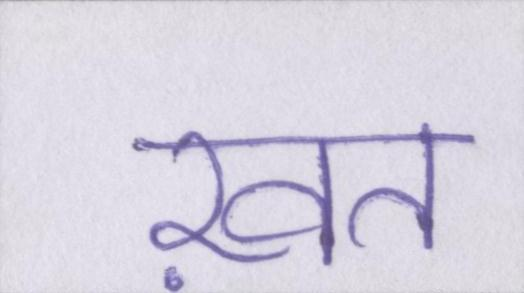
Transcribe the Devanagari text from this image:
ख़त